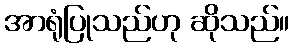
အာရုံပြုသည်ဟု ဆိုသည်။